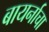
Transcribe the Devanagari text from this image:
बायर्नाचा